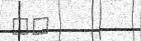
٢٤